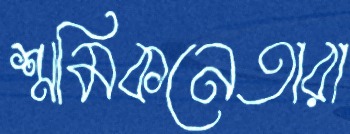
শ্রমিকনেতারা